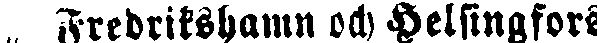
„ Fredrikshamn och Helsingfors